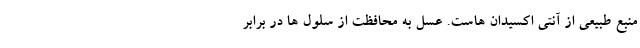
منبع طبیعی از آنتی اکسیدان هاست. عسل به محافظت از سلول ها در برابر